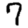
Digit: 7